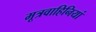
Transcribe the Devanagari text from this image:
मूत्रवाहिनियां